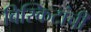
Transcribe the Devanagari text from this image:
बिस्किटांची